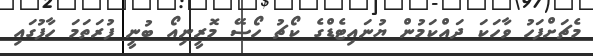
މެޗަށްފަހު ވާހަކަ ދައްކަމުން ޔުނައިޓެޑްގެ ކޯޗު ހޯސޭ މޮރީނިއޯ ބުނީ ފުރަތަމަ ހާފުގައި